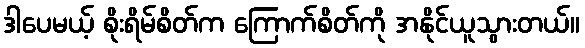
ဒါပေမယ့် စိုးရိမ်စိတ်က ကြောက်စိတ်ကို အနိုင်ယူသွားတယ်။